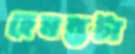
হেমন্তটা